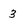
Character: 3